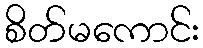
စိတ်မကောင်း